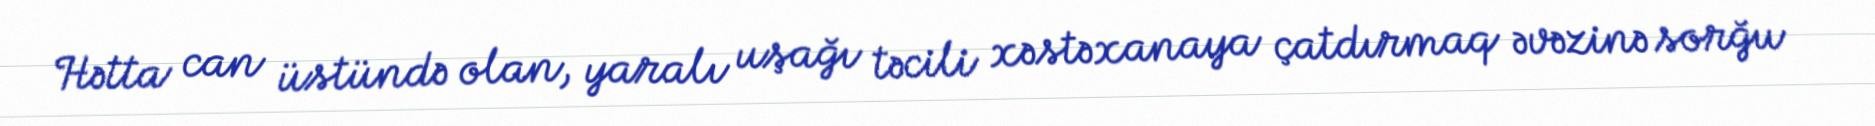
Hətta can üstündə olan, yaralı uşağı təcili xəstəxanaya çatdırmaq əvəzinə sorğu